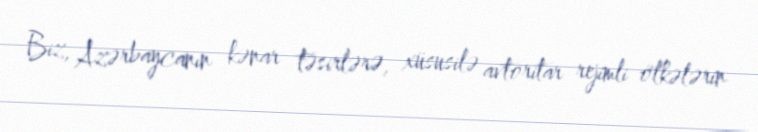
Biz, Azərbaycanın kənar təsirlərə, xüsusilə avtoritar rejimli ölkələrin